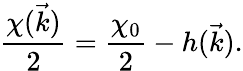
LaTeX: \frac{\chi(\vec{k})}{2}=\frac{\chi_{0}}{2}-h(\vec{k}).